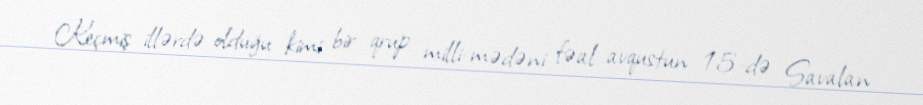
Keçmiş illərdə olduğu kimi bir qrup milli-mədəni fəal avqustun 15-də Savalan